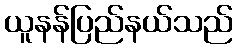
ယူနန်ပြည်နယ်သည်